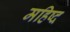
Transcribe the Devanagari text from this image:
महिष्द